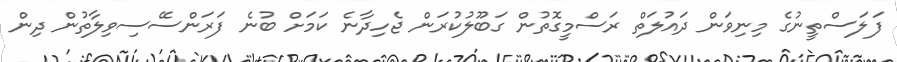
ފަލަސްތީނުގެ މިނިވަން ދައުލަތް ރަސްމީގޮތުން ގަބޫލުކުރަން ޖެހިދާނެ ކަމަށް ބުނެ ފަރަންސޭސިވިލާތުން ދިން